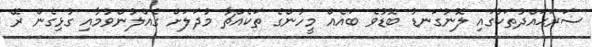
ސަރަޙައްދުތަކުގައި ލޮނުގަނޑު ބޮޑުވެ ބައެއް މީހުންގެ ތަކެއްޗާ މުދަލަށް ގެއްލުންވުމާއި ގުޅިގެން ރޭ